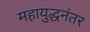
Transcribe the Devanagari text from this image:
महायुद्धनंतर